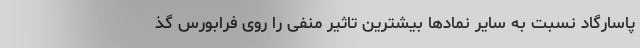
پاسارگاد نسبت به سایر نمادها بیشترین تاثیر منفی را روی فرابورس گذ